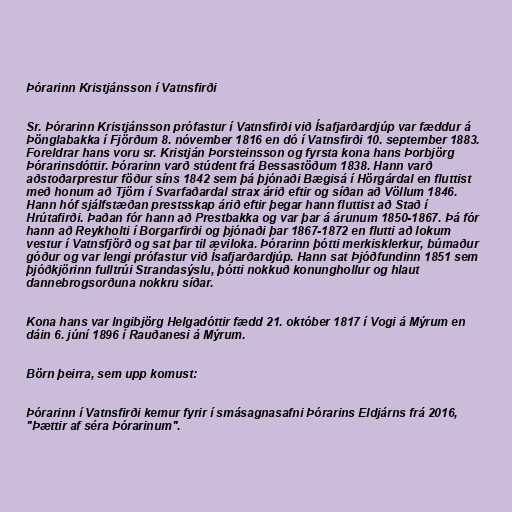
Þórarinn Kristjánsson í Vatnsfirði

Sr. Þórarinn Kristjánsson prófastur í Vatnsfirði við Ísafjarðardjúp var fæddur á
Þönglabakka í Fjörðum 8. nóvember 1816 en dó í Vatnsfirði 10. september 1883.
Foreldrar hans voru sr. Kristján Þorsteinsson og fyrsta kona hans Þorbjörg
Þórarinsdóttir. Þórarinn varð stúdent frá Bessastöðum 1838. Hann varð
aðstoðarprestur föður síns 1842 sem þá þjónaði Bægisá í Hörgárdal en fluttist
með honum að Tjörn í Svarfaðardal strax árið eftir og síðan að Völlum 1846.
Hann hóf sjálfstæðan prestsskap árið eftir þegar hann fluttist að Stað í
Hrútafirði. Þaðan fór hann að Prestbakka og var þar á árunum 1850-1867. Þá fór
hann að Reykholti í Borgarfirði og þjónaði þar 1867-1872 en flutti að lokum
vestur í Vatnsfjörð og sat þar til æviloka. Þórarinn þótti merkisklerkur, búmaður
góður og var lengi prófastur við Ísafjarðardjúp. Hann sat Þjóðfundinn 1851 sem
þjóðkjörinn fulltrúi Strandasýslu, þótti nokkuð konunghollur og hlaut
dannebrogsorðuna nokkru síðar.

Kona hans var Ingibjörg Helgadóttir fædd 21. október 1817 í Vogi á Mýrum en
dáin 6. júní 1896 í Rauðanesi á Mýrum.

Börn þeirra, sem upp komust:

Þórarinn í Vatnsfirði kemur fyrir í smásagnasafni Þórarins Eldjárns frá 2016,
"Þættir af séra Þórarinum".